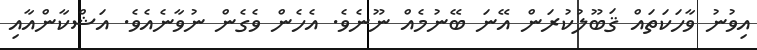
އިވުނު ވާހަކަތައް ޤަބޫލުކުރަން އޭނަ ބޭނުމެއް ނޫނެވެ. އެހެން ވެގެން ނުވާނެއެވެ. އަޝްކާންއާއި